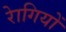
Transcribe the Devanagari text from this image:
राेगियों